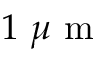
1 \mathrm { ~ } \mu \mathrm { ~ m ~ }